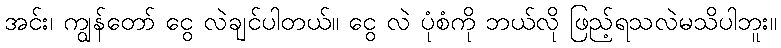
အင်း၊ ကျွန်တော် ငွေ လဲချင်ပါတယ်။ ငွေ လဲ ပုံစံကို ဘယ်လို ဖြည့်ရသလဲမသိပါဘူး။